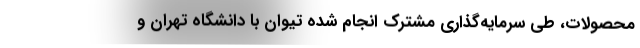
محصولات، طی سرمایه‌گذاری مشترک انجام شده تیوان با دانشگاه تهران و